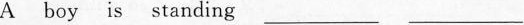
A boy is standing ___ ___